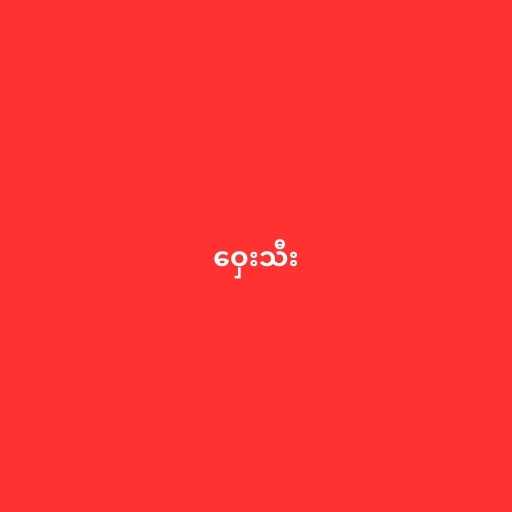
ဝှေးသီး